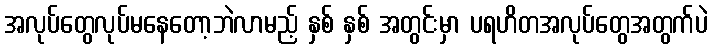
အလုပ်တွေလုပ်မနေတော့ဘဲလာမည့် နှစ် နှစ် အတွင်းမှာ ပရဟိတအလုပ်တွေအတွက်ပဲ